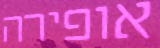
אופירה